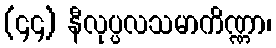
(၄၄) နီလုပ္ပလသမာကိဏ္ဏာ၊